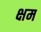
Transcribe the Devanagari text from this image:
क्षम